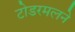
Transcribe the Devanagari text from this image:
टोडरमलने